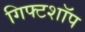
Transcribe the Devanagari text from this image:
गिफ्टशॉप